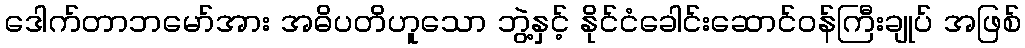
ဒေါက်တာဘမော်အား အဓိပတိဟူသော ဘွဲ့နှင့် နိုင်ငံခေါင်းဆောင်ဝန်ကြီးချုပ် အဖြစ်